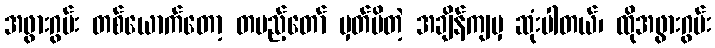
အဖွားဂွမ်း တစ်ယောက်တော့ တပည့်တော် မှတ်မိတဲ့ အချိန်ကျမှ ဆုံးပါတယ်၊ ထိုအဖွားဂွမ်း